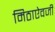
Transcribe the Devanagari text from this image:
मिठाऐवजी